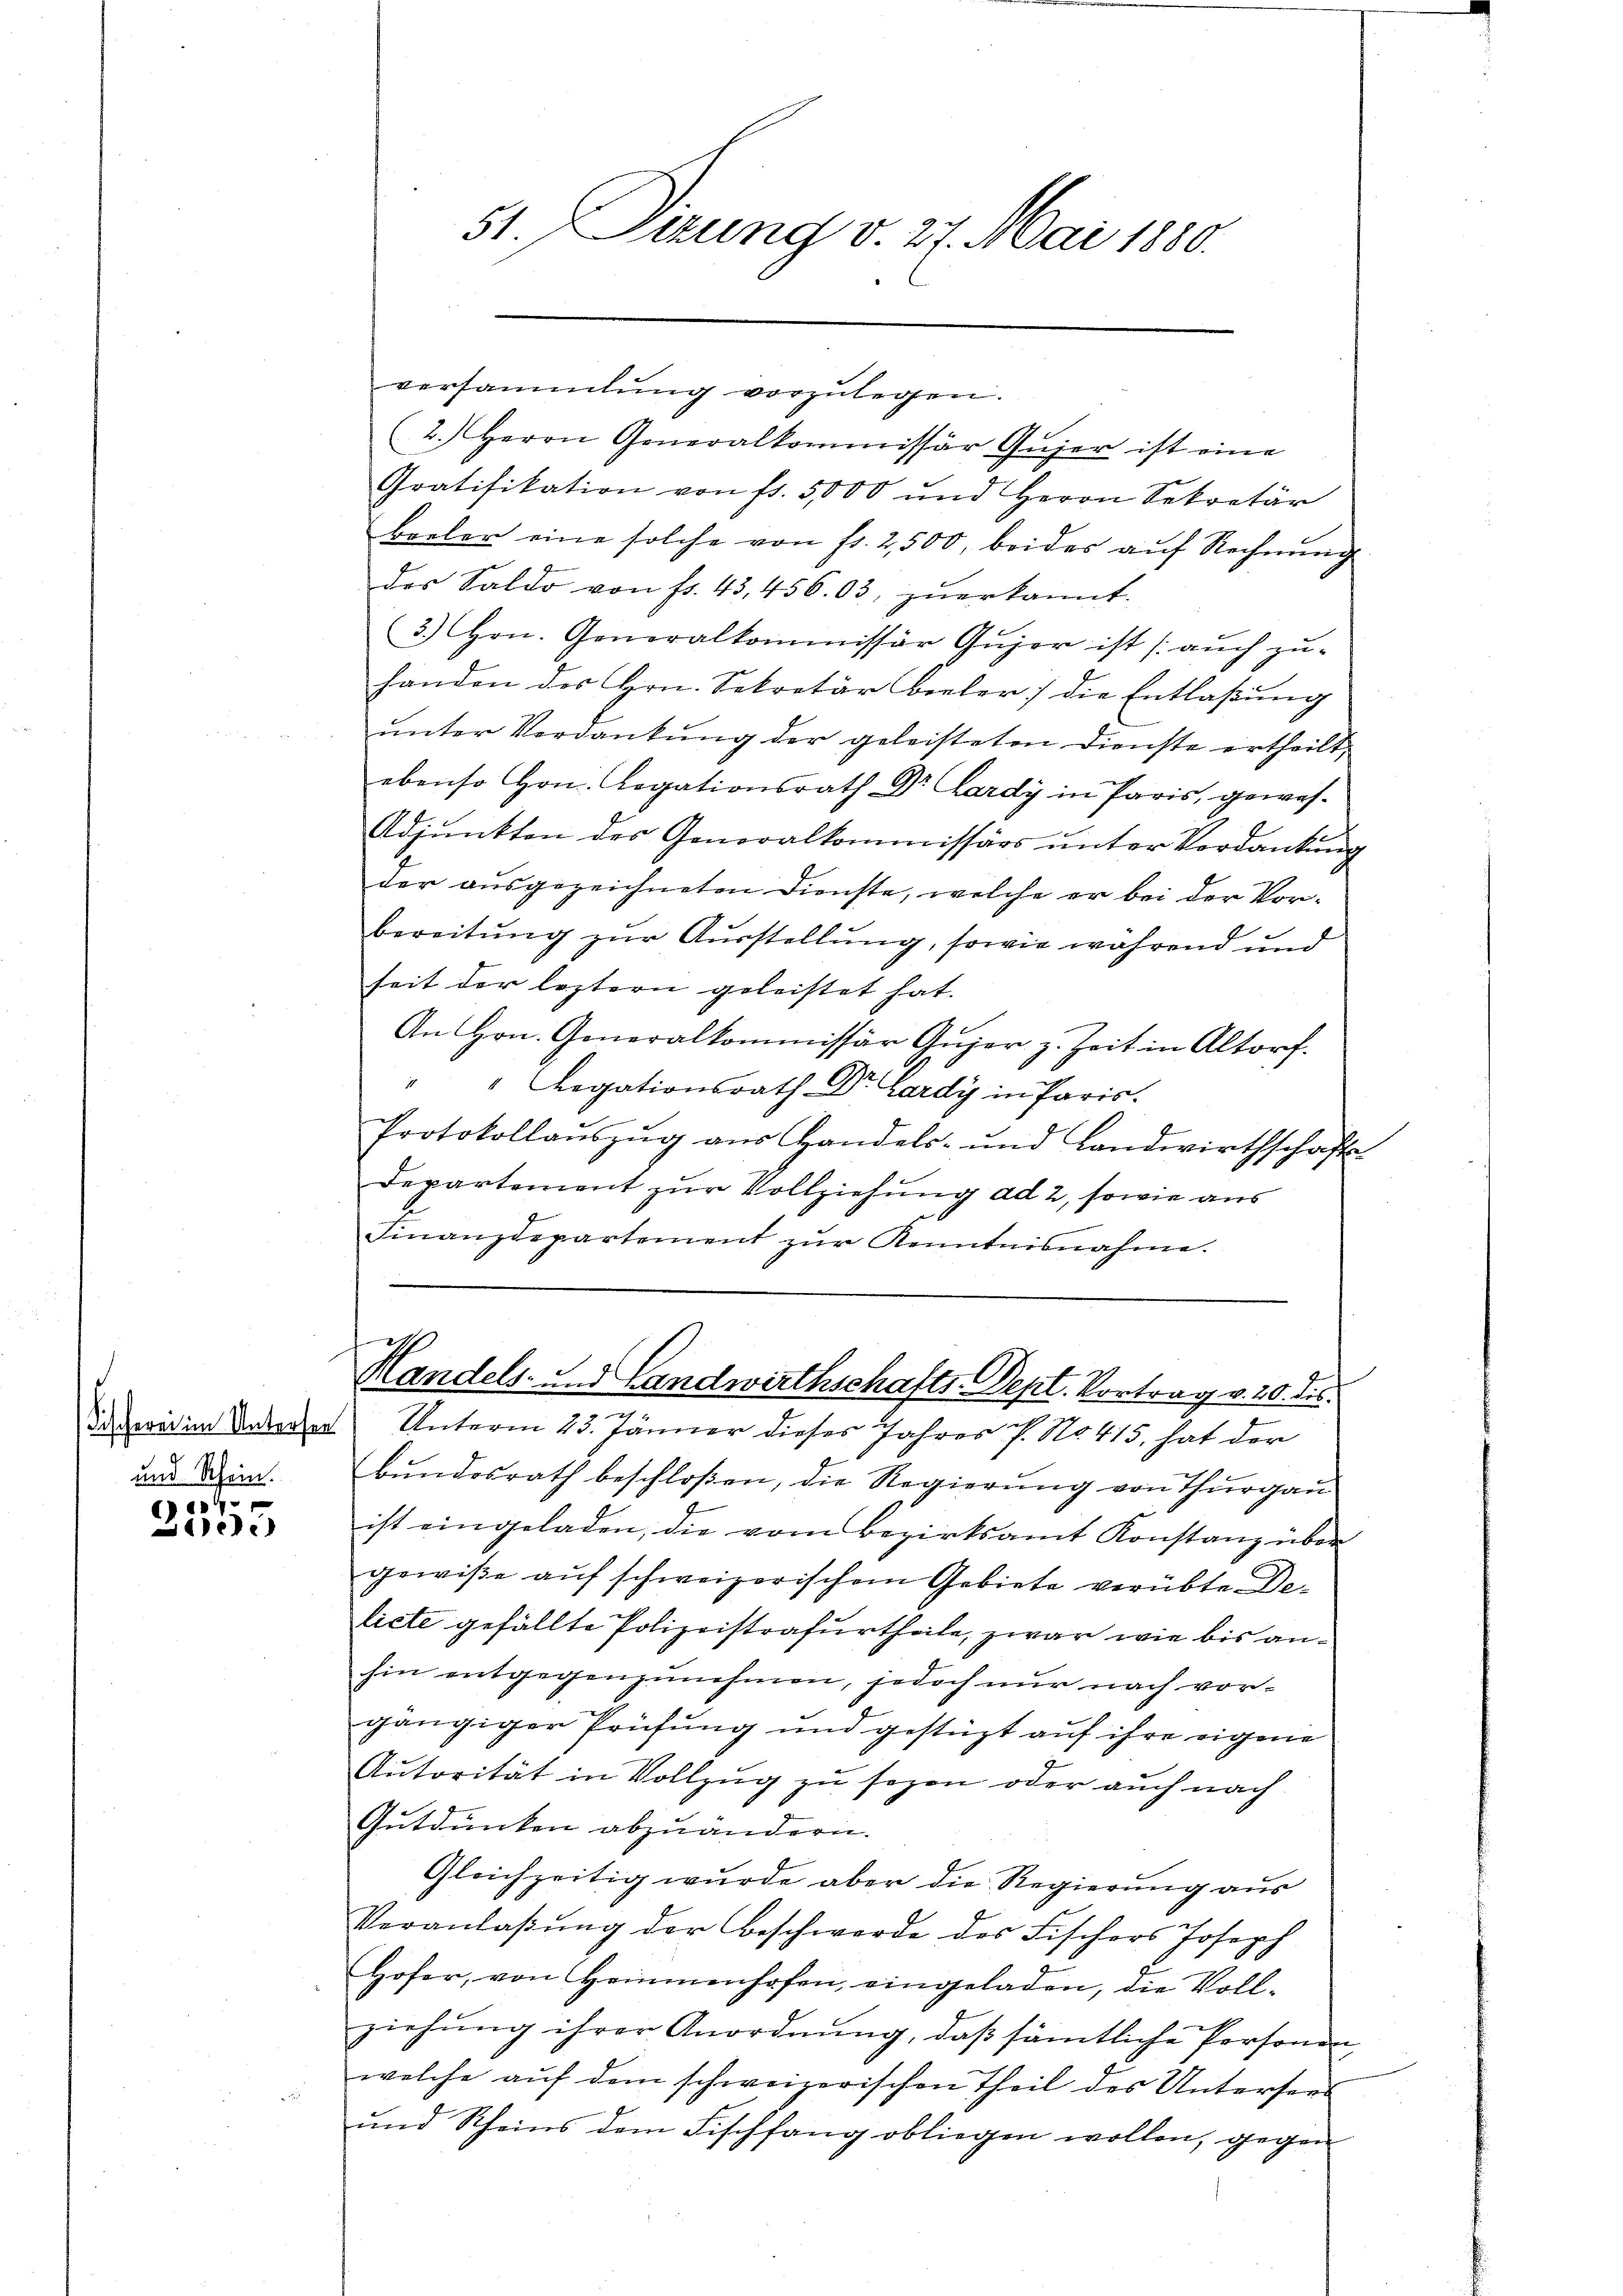
und Schein.

C
Ade

versammlung vorzulegen.
2. Herrn Generalkommissär Gujer ist eine
Gratifikation von fr. 5000 und Herrn Sekretär
boeler eine solche von fr. 2500, beides aŭf Rechnŭng
des Saldo von fr. 43, 456.03, zuerkannt.
3.) Hrn. Gonoralkommissor Gujer ist (auch zu-
handen des Hrn. Sekretär Bieler die Entlaßung
unter Vordankung der geleisteten Dienste ertheilt,
ebenso Hrn. Legationsrath Dr. Lardy in Paris, gewes¬
Adjunkten des Generalkommissärs unter Verdankŭng
der ausgezeichneten Dienste, welche er bei der Vorbereitung zur Ausstellung, sowie während und
heit der leztern geleistet hat.
An Hrn. Generalkommissär Gujer z. Zeit in Altorf.
" " Legationsrath Dr. Lardy in Paris.
Protokollaŭszŭg aŭs Handels- und Landwirthschaft
Departement zur Vollziehung ad 2, sowie aus
Finanzdepartement zŭr Kenntnisnahme.
ich
Handels- und Landwirthschafts-Dept. Vortrag v. 20. ds.
Daseit in Unterer Unterm 23. Jänner dieses Jahres P. No 415, hat der
bŭndesrath beschloßen, die Regierŭng von Thurgau
ist eingeladen, die vom Bezirksamt Konstanz über
gewiße auf schweizerischem Gebiete verübte De-
licte gefällte Polizeistrafurtheile, zwar wie bis anhin entgegenzunehmen, jedoch nur nach vorgängiger Prüfung und gestüzt auf ihre eigene
Autorität in Vollzug zu sezen oder auch nach
Gutdünken abzuändern.
Gleichzeitig wurde aber die Regierung aus
Veranlaβŭng der Beschwerde des Fischers Joseph
Hofer, von Heimmenhofen, eingeladen, die Voll-
ziehung ihrer Anordnung, daß sämtliche Personen
welche auf dem schweizerischen Theil des Untersers
und Scheins dem Fischfang obliegen wollen, gegen

51. Sirung v. 27. Mai 1880.